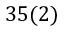
3 5 ( 2 )